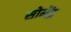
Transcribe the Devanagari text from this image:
सोमेंद्र